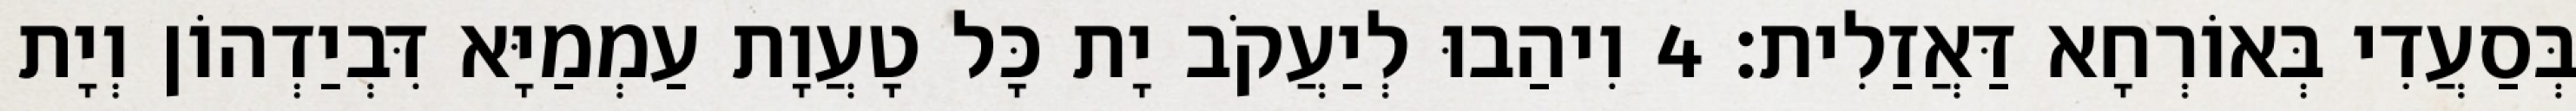
בְּסַעֲדִי בְּאוֹרְחָא דַּאֲזַלִית׃ 4 וִיהַבוּ לְיַעֲקֹב יָת כָּל טָעֲוָת עַמְמַיָּא דִּבְיַדְהוֹן וְיָת